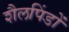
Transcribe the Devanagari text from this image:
शैलपिंडों